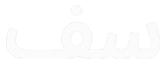
سف